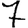
Digit: 7